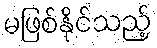
မဖြစ်နိုင်သည့်